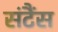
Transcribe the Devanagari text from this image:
संटैंस